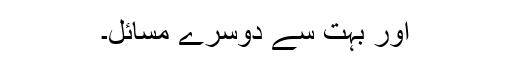
اور بہت سے دوسرے مسائل۔